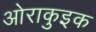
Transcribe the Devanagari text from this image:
ओराकुइक